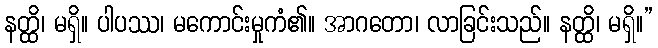
နတ္ထိ၊ မရှိ။ ပါပဿ၊ မကောင်းမှုကံ၏။ အာဂတော၊ လာခြင်းသည်။ နတ္ထိ၊ မရှိ။”